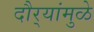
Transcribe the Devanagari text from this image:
दौर्‍यांमुळे